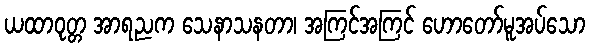
ယထာဝုတ္တ အာရညက သေနာသနတာ၊ အကြင်အကြင် ဟောတော်မူအပ်သော